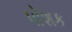
પોશક